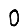
Digit: 0